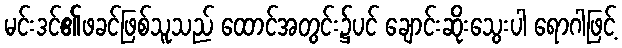
မင်းဒင်၏ဖခင်ဖြစ်သူသည် ထောင်အတွင်း၌ပင် ချောင်းဆိုးသွေးပါ ရောဂါဖြင့်